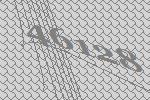
46128